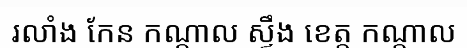
រលាំង កែន កណ្តាល ស្ទឹង ខេត្ត កណ្តាល